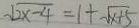
\sqrt { 2 x - 4 } = 1 + \sqrt { x + 5 }